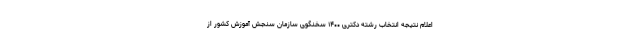
اعلام نتیجه انتخاب رشته دکتری ۱۴۰۰ سخنگوی سازمان سنجش آموزش کشور از